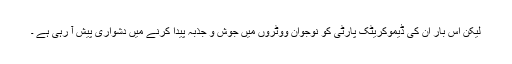
لیکن اِس بار اُن کی ڈیموکریٹک پارٹی کو نوجوان ووٹروں میں جوش و جذبہ پیدا کرنے میں دشواری پیش آ رہی ہے ۔